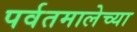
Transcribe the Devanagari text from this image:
पर्वतमालेच्या